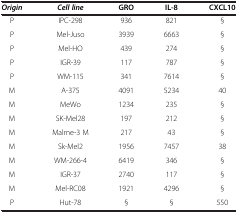
<table><thead><tr><td><b><i>Origin</i></b></td><td><b><i>Cell line</i></b></td><td><b>GRO</b></td><td><b>IL-8</b></td><td><b>CXCL10</b></td></tr></thead><tbody><tr><td>P</td><td>IPC-298</td><td>936</td><td>821</td><td>§</td></tr><tr><td>P</td><td>Mel-Juso</td><td>3939</td><td>6663</td><td>§</td></tr><tr><td>P</td><td>Mel-HO</td><td>439</td><td>274</td><td>§</td></tr><tr><td>P</td><td>IGR-39</td><td>117</td><td>787</td><td>§</td></tr><tr><td>P</td><td>WM-115</td><td>341</td><td>7614</td><td>§</td></tr><tr><td>M</td><td>A-375</td><td>4091</td><td>5234</td><td>40</td></tr><tr><td>M</td><td>MeWo</td><td>1234</td><td>235</td><td>§</td></tr><tr><td>M</td><td>SK-Mel28</td><td>197</td><td>212</td><td>§</td></tr><tr><td>M</td><td>Malme-3 M</td><td>217</td><td>43</td><td>§</td></tr><tr><td>M</td><td>Sk-Mel2</td><td>1956</td><td>7457</td><td>38</td></tr><tr><td>M</td><td>WM-266-4</td><td>6419</td><td>346</td><td>§</td></tr><tr><td>M</td><td>IGR-37</td><td>2740</td><td>117</td><td>§</td></tr><tr><td>M</td><td>Mel-RC08</td><td>1921</td><td>4296</td><td>§</td></tr><tr><td>P</td><td>Hut-78</td><td>§</td><td>§</td><td>550</td></tr></tbody></table>